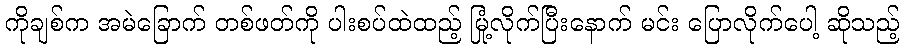
ကိုချစ်က အမဲခြောက် တစ်ဖတ်ကို ပါးစပ်ထဲထည့် မြုံ့လိုက်ပြီးနောက် မင်း ပြောလိုက်ပေါ့ ဆိုသည့်